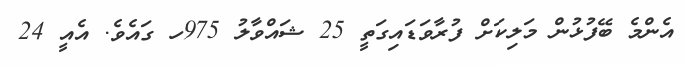
އެންމެ ބޭފުޅުން މަލިކަށް ފުރާވަޑައިގަތީ 25 ޝައްވާލު 975ހ ގައެވެ. އެއީ 24